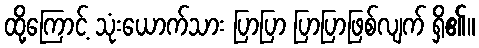
ထို့ကြောင့် သုံးယောက်သား ပြာပြာ ပြာပြာဖြစ်လျက် ရှိ၏။